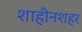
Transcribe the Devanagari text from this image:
शाहीनशहर